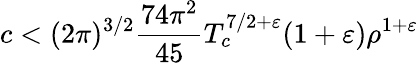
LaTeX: c<(2\pi)^{3/2}{\frac{74\pi^{2}}{45}}T_{c}^{7/2+\varepsilon}(1+\varepsilon)\rho^{1+\varepsilon}